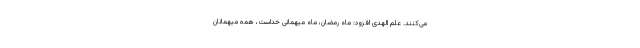
می‌کنند. علم الهدی افزود: ماه رمضان، ماه میهمانی خداست، همه میهمانان